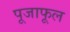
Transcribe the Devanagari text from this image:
पूजाफूल